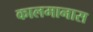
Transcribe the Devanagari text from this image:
कालमानास